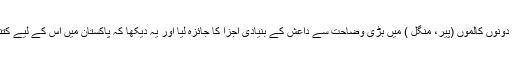
راقم نے اپنے پچھلے دونوں کالموں (پیر، منگل ) میں بڑی وضاحت سے داعش کے بنیادی اجزا کا جائزہ لیا اور یہ دیکھا کہ پاکستان میں اس کے لیے کتنا پوٹینشل موجود ہے۔